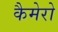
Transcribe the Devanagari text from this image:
कैमेरो